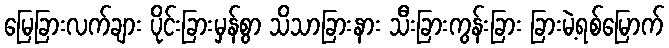
မြေခြားလက်ချား ပိုင်းခြားမှန်စွာ သိသာခြားနား သီးခြားကွန်းခြား ခြားမဲ့ရစ်မြောက်